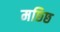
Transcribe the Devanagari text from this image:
मछ्छि